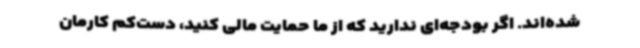
شده‌اند. اگر بودجه‌ای ندارید که از ما حمایت مالی کنید، دست‌کم کارمان